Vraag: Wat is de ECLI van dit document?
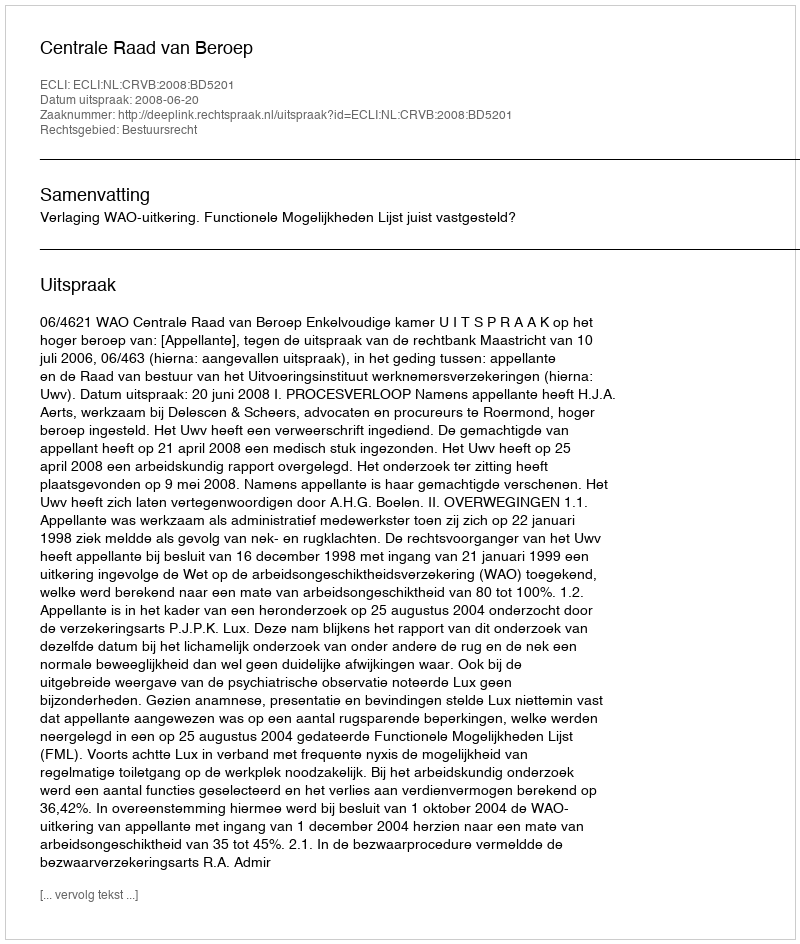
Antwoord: ECLI:NL:CRVB:2008:BD5201